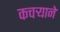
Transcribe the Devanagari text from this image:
कचर्‍याने